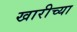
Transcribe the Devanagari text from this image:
खारीच्या